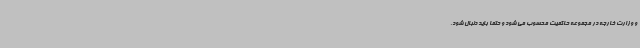
و وزارت خارجه در مجموعه حاکمیت محسوب می شود و حتما باید دنبال شود،